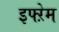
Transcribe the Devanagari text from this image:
इफ्ऱेम